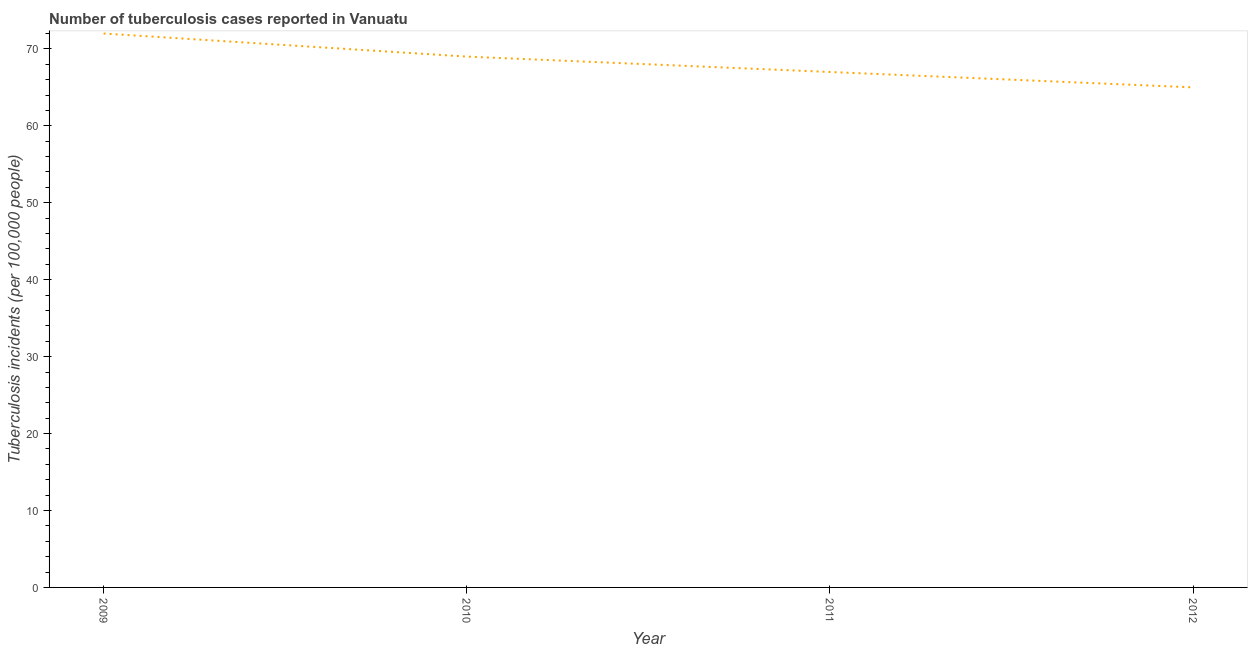
| Year | Incidence of tuberculosis |
 | --- | --- |
 | 2009 | 72 |
 | 2010 | 69 |
 | 2011 | 67 |
 | 2012 | 65 |